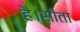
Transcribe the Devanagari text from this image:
है।सीता